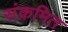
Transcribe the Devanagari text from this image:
संक्रमित